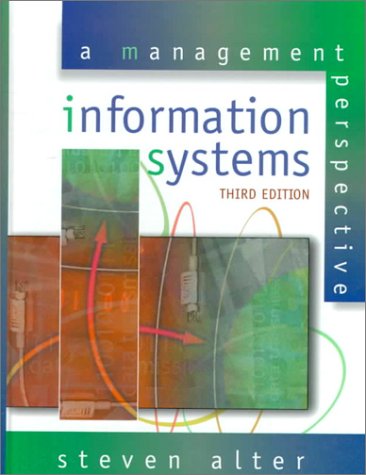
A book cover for Information Systems: A Management Perspective (3rd Edition); Steven Alter; Business & Money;